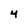
Character: 4